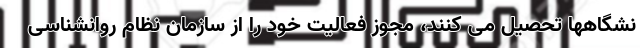
نشگاهها تحصیل می کنند، مجوز فعالیت خود را از سازمان نظام روانشناسی